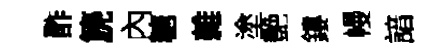
酢篪內糖雜塗艶鏤幔諳